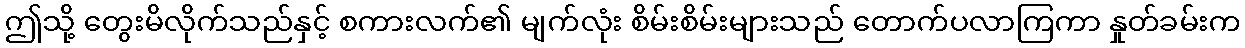
ဤသို့ တွေးမိလိုက်သည်နှင့် စကားလက်၏ မျက်လုံး စိမ်းစိမ်းများသည် တောက်ပလာကြကာ နှုတ်ခမ်းက